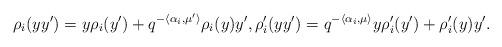
LaTeX: \begin{align*} \rho_i(yy')=y\rho_i(y')+q^{-\langle\alpha_i,\mu'\rangle}\rho_i(y)y', \rho_i'(yy')=q^{-\langle\alpha_i,\mu\rangle}y\rho_i'(y')+\rho_i'(y)y'. \end{align*}